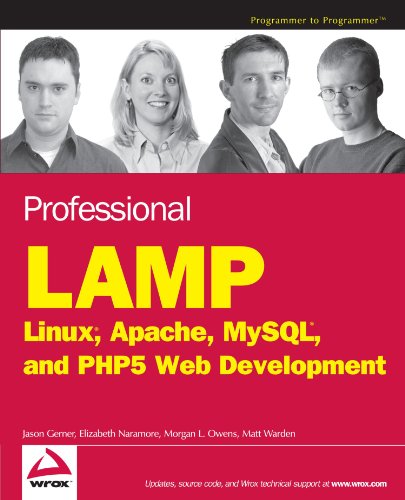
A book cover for Professional LAMP: Linux, Apache, MySQL and PHP5 Web Development; Jason Gerner; Computers & Technology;